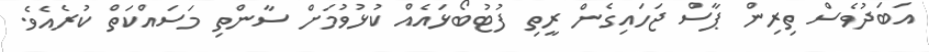
އަބަދުވެސް ތިރިން ޕާސް ޖަހައިގެން ރީތި ފުޓުބޯޅައެއް ކުޅުވުމަށް ސާންތި މަސައްކަތް ކުރެއެވެ.